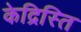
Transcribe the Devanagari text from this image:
केद्रिस्ति